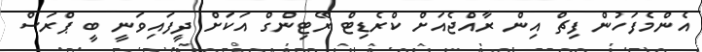
އެންމެފަހުން ފިޗް އިން ރާއްޖެއަށް ކްރެޑިޓް ރޭޓިންގް އަަކަށް ދީފައިވަނީ ބީ ޕްރަސް